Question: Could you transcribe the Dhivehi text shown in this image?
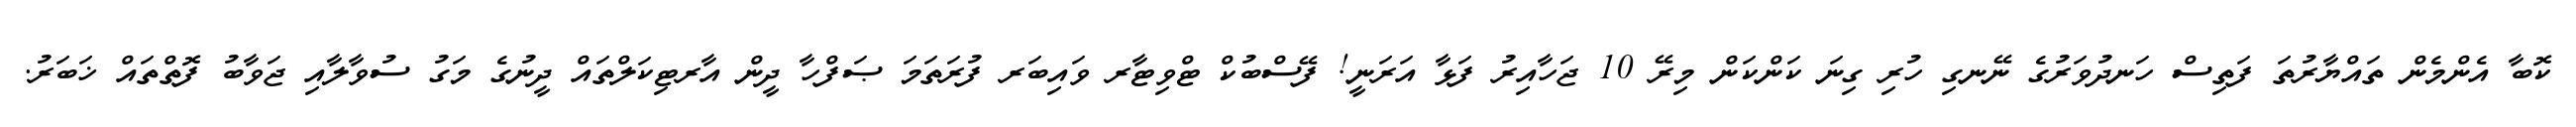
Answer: ކޮބާ އެންމެން ތައްޔާރުތަ ފަތިސް ހަނދުވަރުގެ ނޭނގި ހުރި ގިނަ ކަންކަން މިރޭ 10 ޖަހާއިރު ފަޅާ އަރަނީ! ފޭސްބުކް ޓްވިޓާރ ވައިބަރ ފުރަތަމަ ޞަފްހާ ދީން އާރޓިކަލްތައް ދީނުގެ މަގު ސުވާލާއި ޖަވާބު ފޮތްތައް ޚަބަރު.